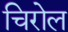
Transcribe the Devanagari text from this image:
चिरोल